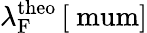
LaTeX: \lambda_{\mathrm{F}}^{\mathrm{theo}}\, [\mathrm{\ mum}]